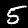
Digit: 5